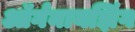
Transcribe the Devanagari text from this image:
ऑर्गनायझिंग